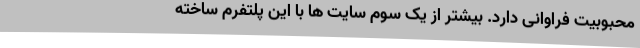
محبوبیت فراوانی دارد. بیشتر از یک سوم سایت ها با این پلتفرم ساخته